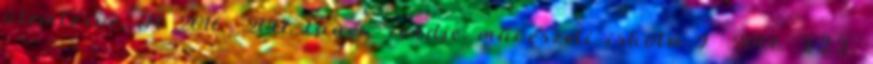
ütemterve. A 2016 2017. tanév rendje. művészeti iskola 9 2006. III.